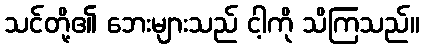
သင်တို့၏ ဘေးများသည် ငါ့ကို သိကြသည်။